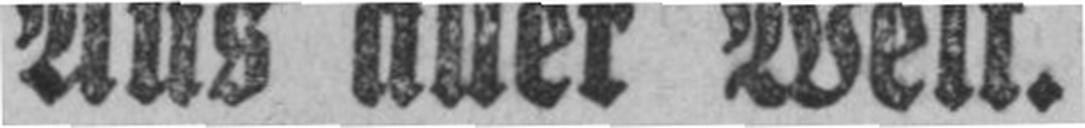
Aus aller Welt.